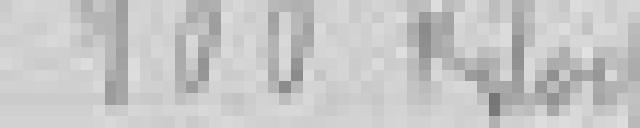
100 Kilogrammes // 5 kilogrammes